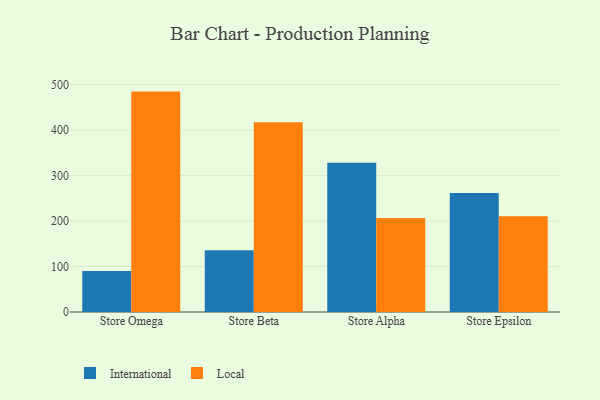
{"axis": {"x": "Store", "y": "Bounce Rate (%)"}, "legend": ["International", "Local"], "data": [{"x": "Store Omega", "y": 90.2, "type": "International"}, {"x": "Store Omega", "y": 484.7, "type": "Local"}, {"x": "Store Beta", "y": 135.8, "type": "International"}, {"x": "Store Beta", "y": 417.4, "type": "Local"}, {"x": "Store Alpha", "y": 328.4, "type": "International"}, {"x": "Store Alpha", "y": 206.6, "type": "Local"}, {"x": "Store Epsilon", "y": 261.8, "type": "International"}, {"x": "Store Epsilon", "y": 210.4, "type": "Local"}]}